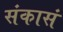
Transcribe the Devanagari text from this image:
संकासं